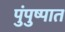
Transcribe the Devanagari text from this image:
पुंपुष्पात